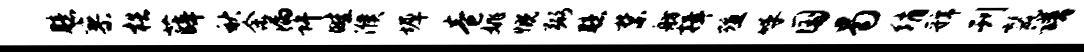
臆寥梏薛秋余漏许畦濮墀卷姚慨弼臆禁舫揖殖呼国曷绡虢刊鬣谱